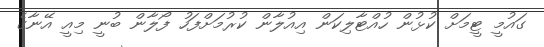
ގައުމީ ޓީމަށް ކުޅުން ހުއްޓާލިކަން އިއުލާން ކުރުމަށްފަހު ފޯލާން ބުނީ މިއީ އޭނާގެ